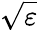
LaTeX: \sqrt{\varepsilon}